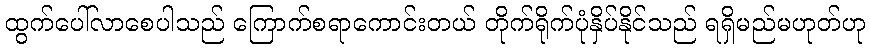
ထွက်ပေါ်လာစေပါသည် ကြောက်စရာကောင်းတယ် တိုက်ရိုက်ပုံနှိပ်နိုင်သည် ရရှိမည်မဟုတ်ဟု